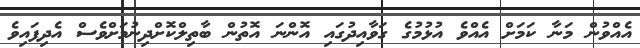
އެއްވުން މަނާ ކަމަށް އެއްވެ އުޅުމުގެ ގަވާއިދުގައި އޮންނަ އޮތުން ބާތިލްކޮށްދިނުމަށްވެސް އެދިފައިވެ